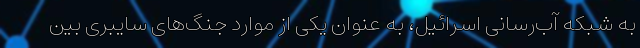
به شبکه آب‌رسانی اسرائیل، به عنوان یکی از موارد جنگ‌های سایبری بین